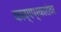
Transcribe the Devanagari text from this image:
काव्यप्रकारांवर